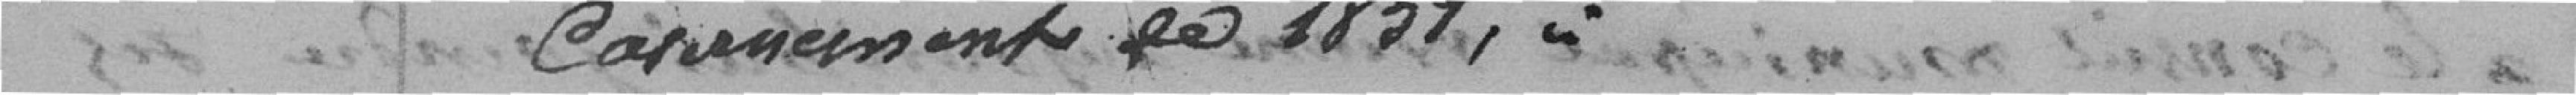
casernement de 1851